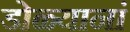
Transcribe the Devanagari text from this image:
डोळ्यानां